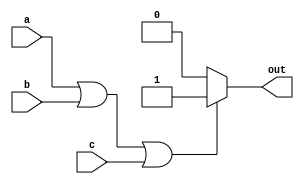
module conditional_statement (
    input a,
    input b,
    input c,
    output reg out
);

always @(*) begin
    if (a || b || c) begin
        out = 1; // execute this block if a or b or c is true
    end else begin
        out = 0; // execute this block if none of the conditions are true
    end
end

endmodule